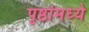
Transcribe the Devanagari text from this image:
पृष्ठांमध्ये